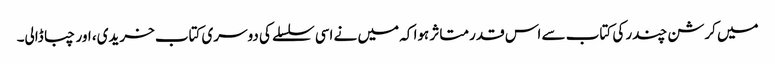
میں کرشن چندر کی کتاب سے اس قدر متاثر ہوا کہ میں نے اسی سلسلے کی دوسری کتاب خریدی، اور چبا ڈالی۔